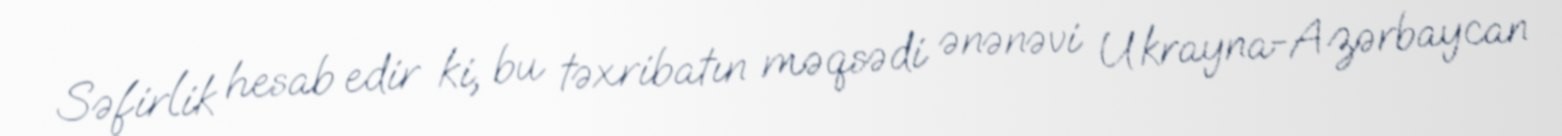
Səfirlik hesab edir ki, bu təxribatın məqsədi ənənəvi Ukrayna-Azərbaycan